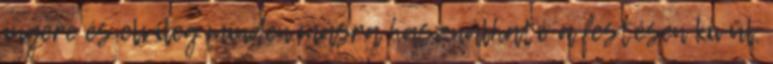
ingere és elvileg minden másra használható a festésen kívül.